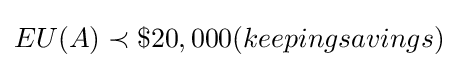
EU(A)\prec \$20,000(keepingsavings)